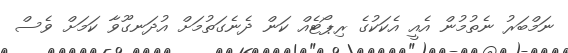
ނަމްބަރު ނެތުމުން އެއީ އެކަކުގެ ރިޕޯޓެއް ކަން ދެނެގަތުމަށް އުދަނގޫވާ ކަމަށް ވެސް